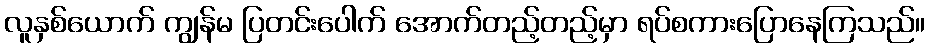
လူနှစ်ယောက် ကျွန်မ ပြတင်းပေါက် အောက်တည့်တည့်မှာ ရပ်စကားပြောနေကြသည်။